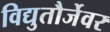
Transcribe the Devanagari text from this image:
विद्युतौर्जेवर